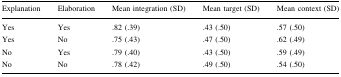
| Explanation | Elaboration | Mean integration (SD) | Mean target (SD) | Mean context (SD) |
 | --- | --- | --- | --- | --- |
 | Yes | Yes | .82 (.39) | .43 (.50) | .57 (.50) |
 | Yes | No | .75 (.43) | .47 (.50) | .62 (.49) |
 | No | Yes | .79 (.40) | .43 (.50) | .59 (.49) |
 | No | No | .78 (.42) | .49 (.50) | .54 (.50) |